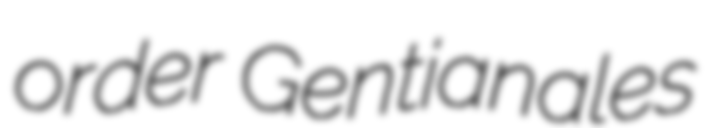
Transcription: order Gentianales